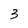
Character: 3